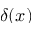
\delta ( x )